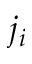
j _ { i }